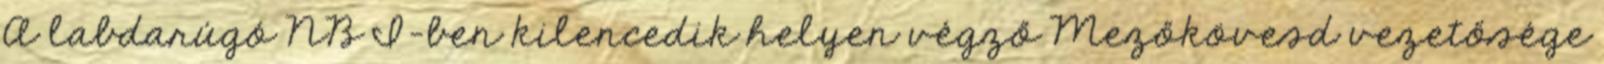
A labdarúgó NB I-ben kilencedik helyen végző Mezőkövesd vezetősége